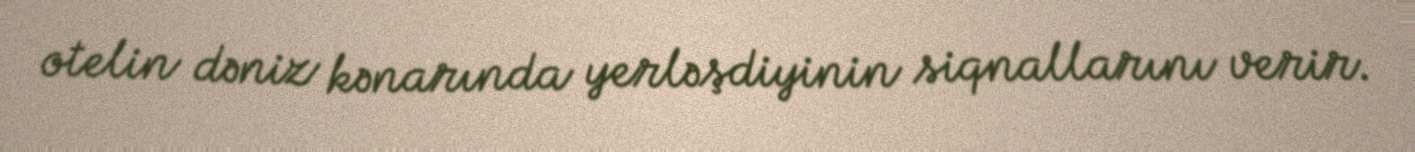
otelin dəniz kənarında yerləşdiyinin siqnallarını verir.